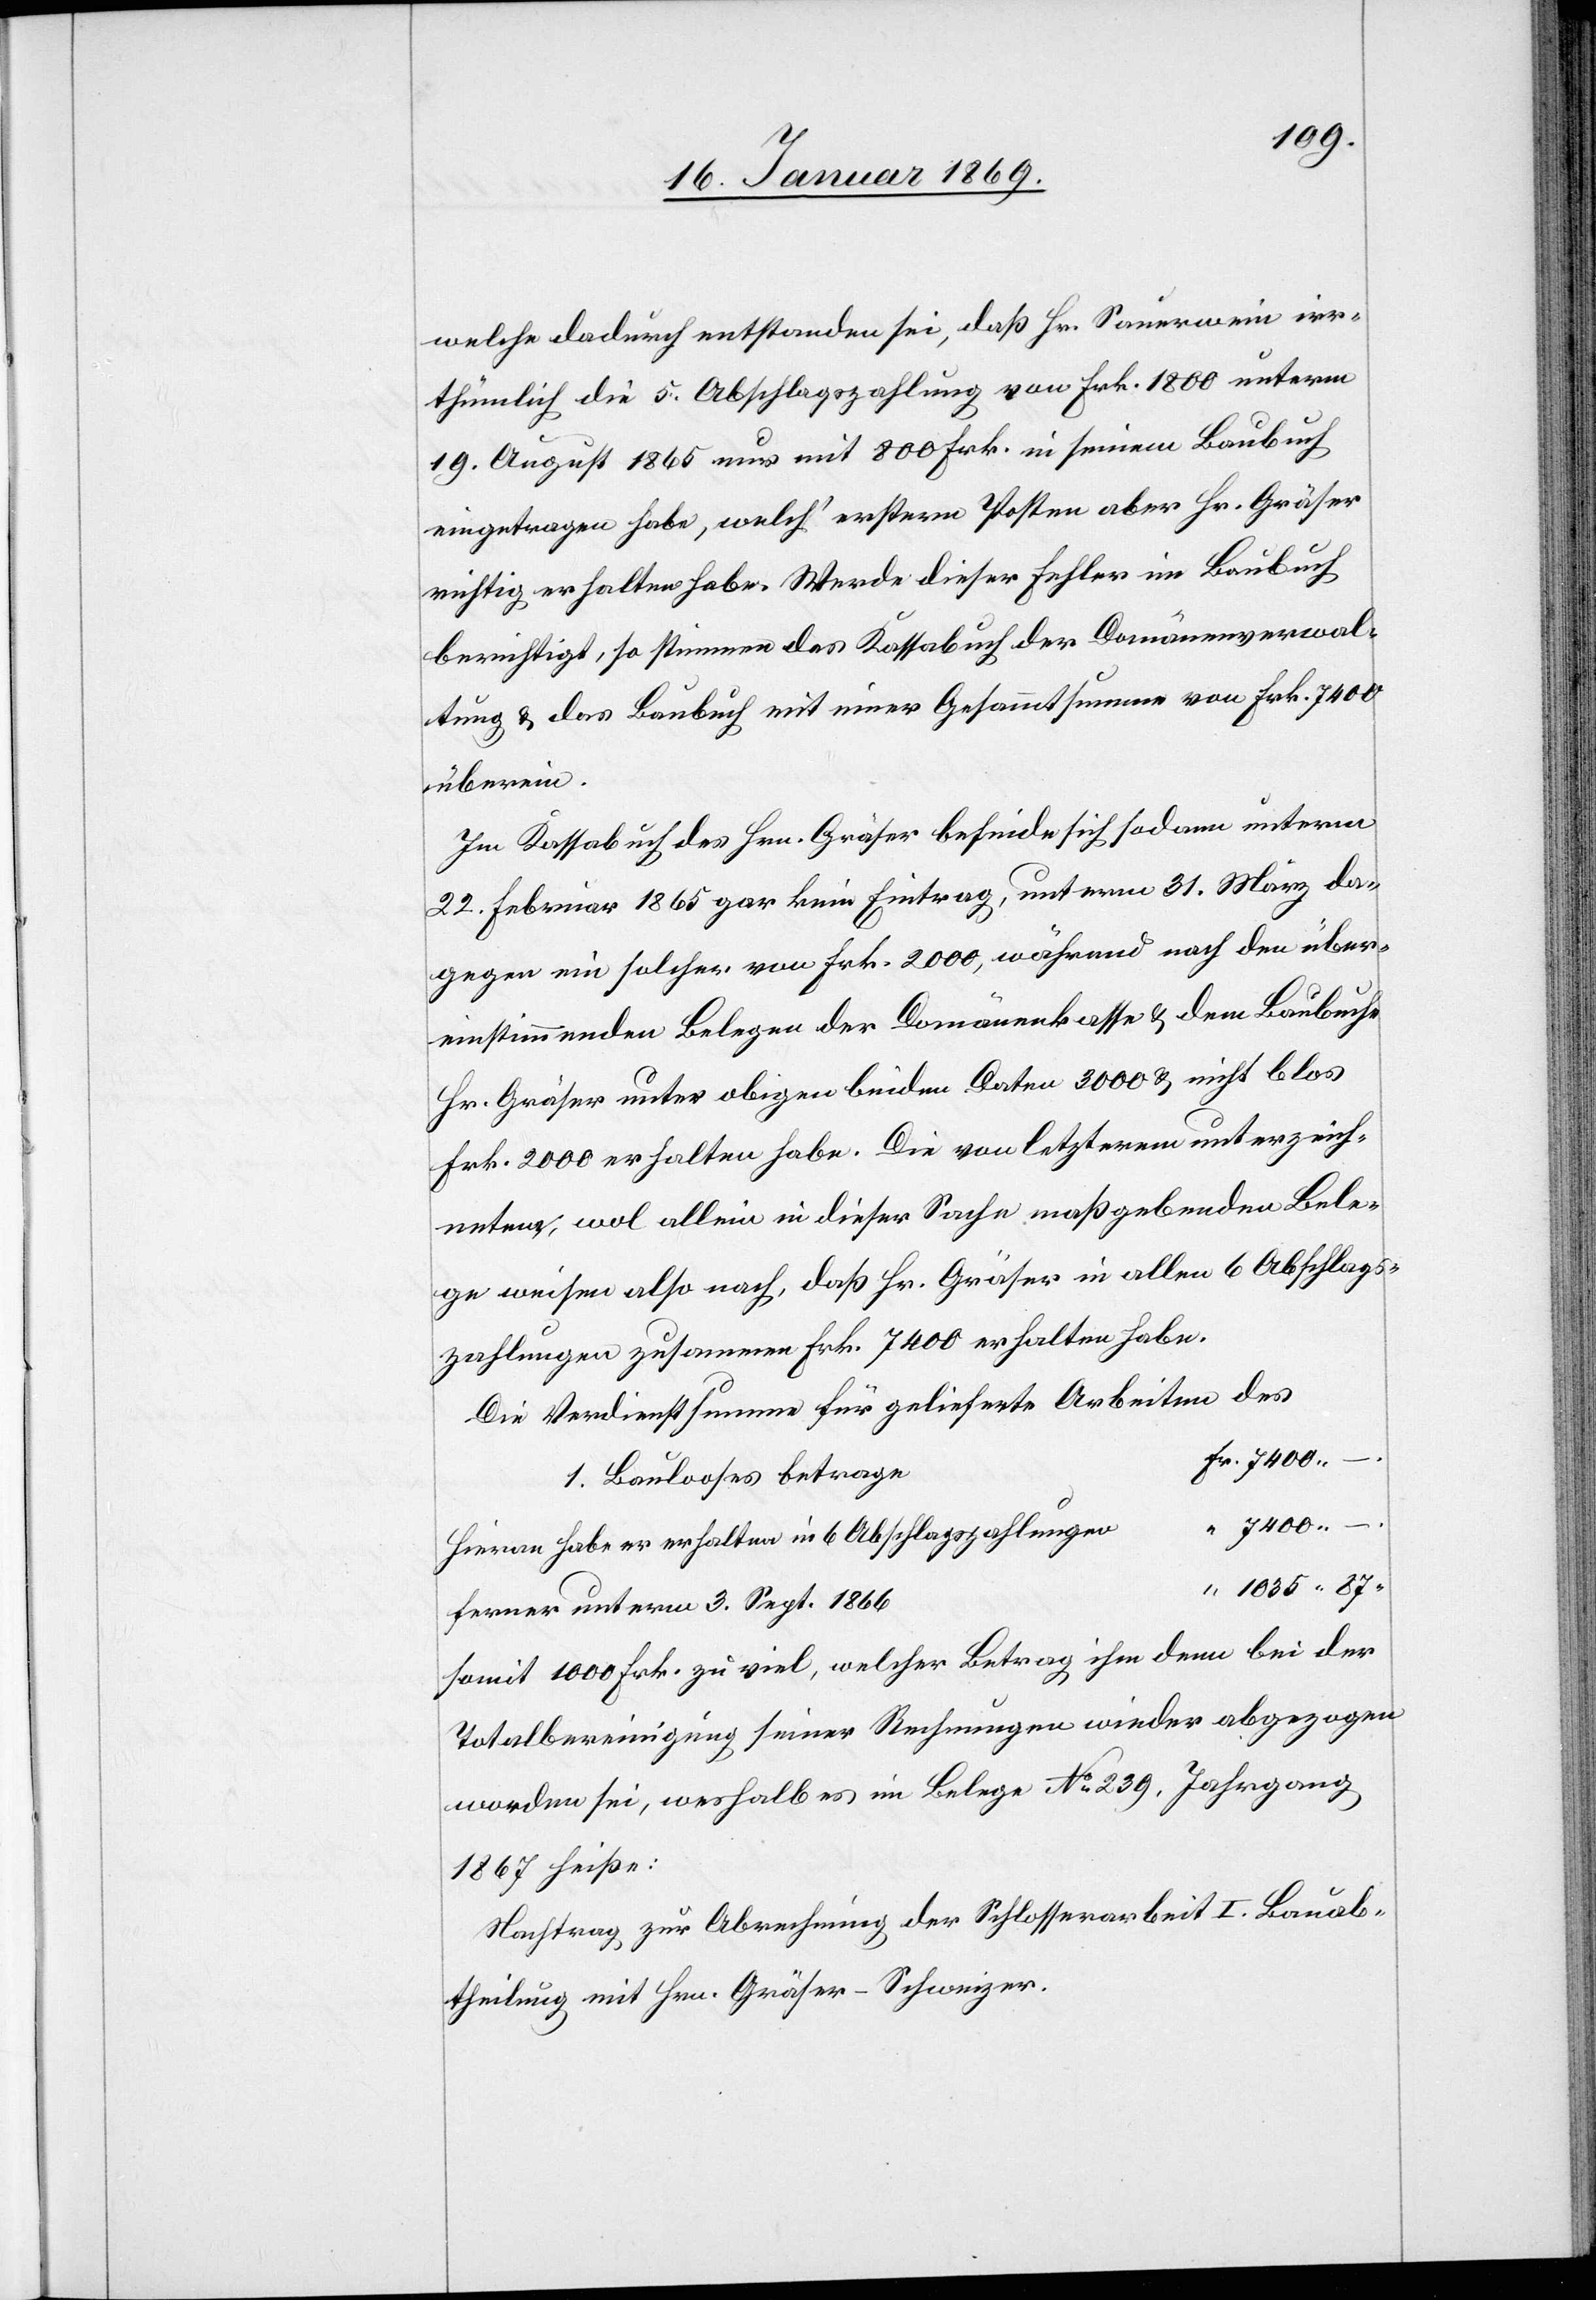
welche dadurch entstanden sei, daß Hr. Sauerwein irr¬
thümlich die 5. Abschlagszahlung von Frk. 1800 unterm
19. August 1865 nur mit 800 Frk. in seinem Baubuch
eingetragen habe, welch’ ersterm [sic!] Posten aber Hr. Gräser
richtig erhalten habe. Werde dieser Fehler im Baubuch
berichtigt, so stimmen das Kassabuch der Domänenverwal¬
tung u. das Baubuch mit einer Gesammtsumme von Frk. 7400
überein.
Im Kassabuch des Hrn. Gräser befinde sich sodann unterm
22. Februar 1865 gar kein Eintrag, unterm 31. März da¬
gegen ein solcher von Frk. 2000, während nach den über¬
einstimmenden Belegen der Domänenkasse u. dem Baubuche
Hr. Gräser unter obigen beiden Daten 3000 u. nicht blos
Frk. 2000 erhalten habe. Die von letzterem unterzeich¬
neten, wol allein in dieser Sache maßgebenden Bele¬
ge weisen also nach, daß Hr. Gräser in allen 6 Abschlags¬
zahlungen zusammen Frk. 7400 erhalten habe.
Die Verdienstsumme für gelieferte Arbeiten des
–
Fr. 7400. –
1. Baulooses betrage
Hievon habe er erhalten in 6 Abschlagszahlungen
Ferner unterm 3. Sept. 1866
somit 1000 Frk. zu viel, welcher Betrag ihm denn bei der
Totalbereinigung seiner Rechnungen wieder abgezogen
worden sei, weshalb es im Belege N° 239, Jahrgang
1867 heiße:
Nachtrag zur Abrechnung der Schlosserarbeit I. Bauab¬
theilung mit Hrn. Gräser-Schweizer.